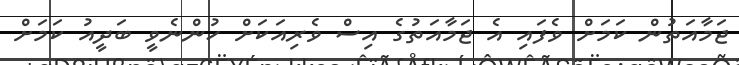
ޖަމާއަތުން ކަމަށް ވެފައި އެ ޖަމާއަތުގެ އިސް ވެރިއަކަށް ހުންނެވީ ބަދީއު ކަމަށް